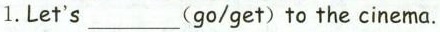
1.Let's___(go/get) to the cinema.